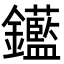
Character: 𨰗